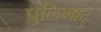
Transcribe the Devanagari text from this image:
पुलिमादु